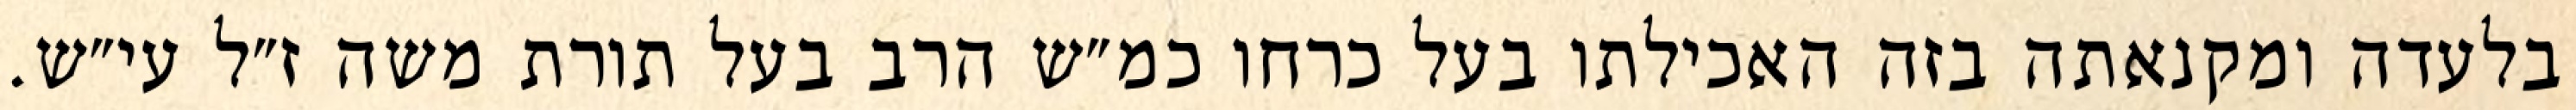
בלעדה ומקנאתה בזה האכילתו בעל כרחו כמ״ש הרב בעל תורת משה ז״ל עי״ש.